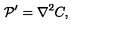
{ \cal P } ^ { \prime } = { \nabla ^ { 2 } } C ,